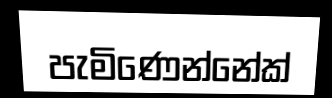
පැමිණෙන්නේක්